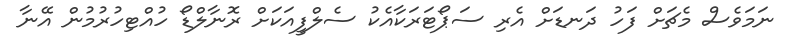
ނަމަވެސް މެޗަށް ފަހު ދަނޑަށް އެރި ސަޕޯޓަރަކާއެކު ސެލްފީއަކަށް ރޮނާލްޑޯ ހުއްޓިހުރުމުން އޭނާ